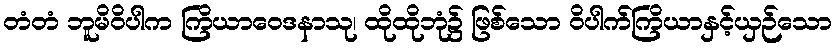
တံတံ ဘူမိဝိပါက ကြိယာဝေဒနာသု၊ ထိုထိုဘုံ၌ ဖြစ်သော ဝိပါက်ကြိယာနှင့်ယှဉ်သော